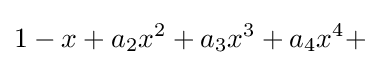
1-x+a_{2}x^{2}+a_{3}x^{3}+a_{4}x^{4}+